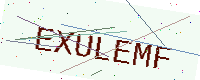
Text: EXULEMF